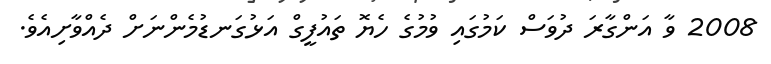
2008 ވާ އަންގާރަ ދުވަސް ކަމުގައި ވުމުގެ ހެޔޮ ތައުފީގް އަޅުގަނޑުމެންނަށް ދެއްވާށިއެވެ.